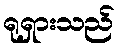
ရုရှားသည်